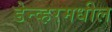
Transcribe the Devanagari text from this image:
डेन्व्हरमधील